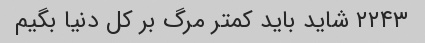
۲۲۴۳ شاید باید کمتر مرگ بر کل دنیا بگیم